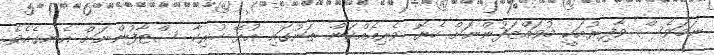
ނަމަވެސް ވާފިރުއަކީ މުވައްޒަފުންނަށް ހެޔޮ ވެރިއެއްކަން ތަނުގައި އުޅޭ ހުރިހާ ސްޓާފުންނަށް އެނގެއެވެ.